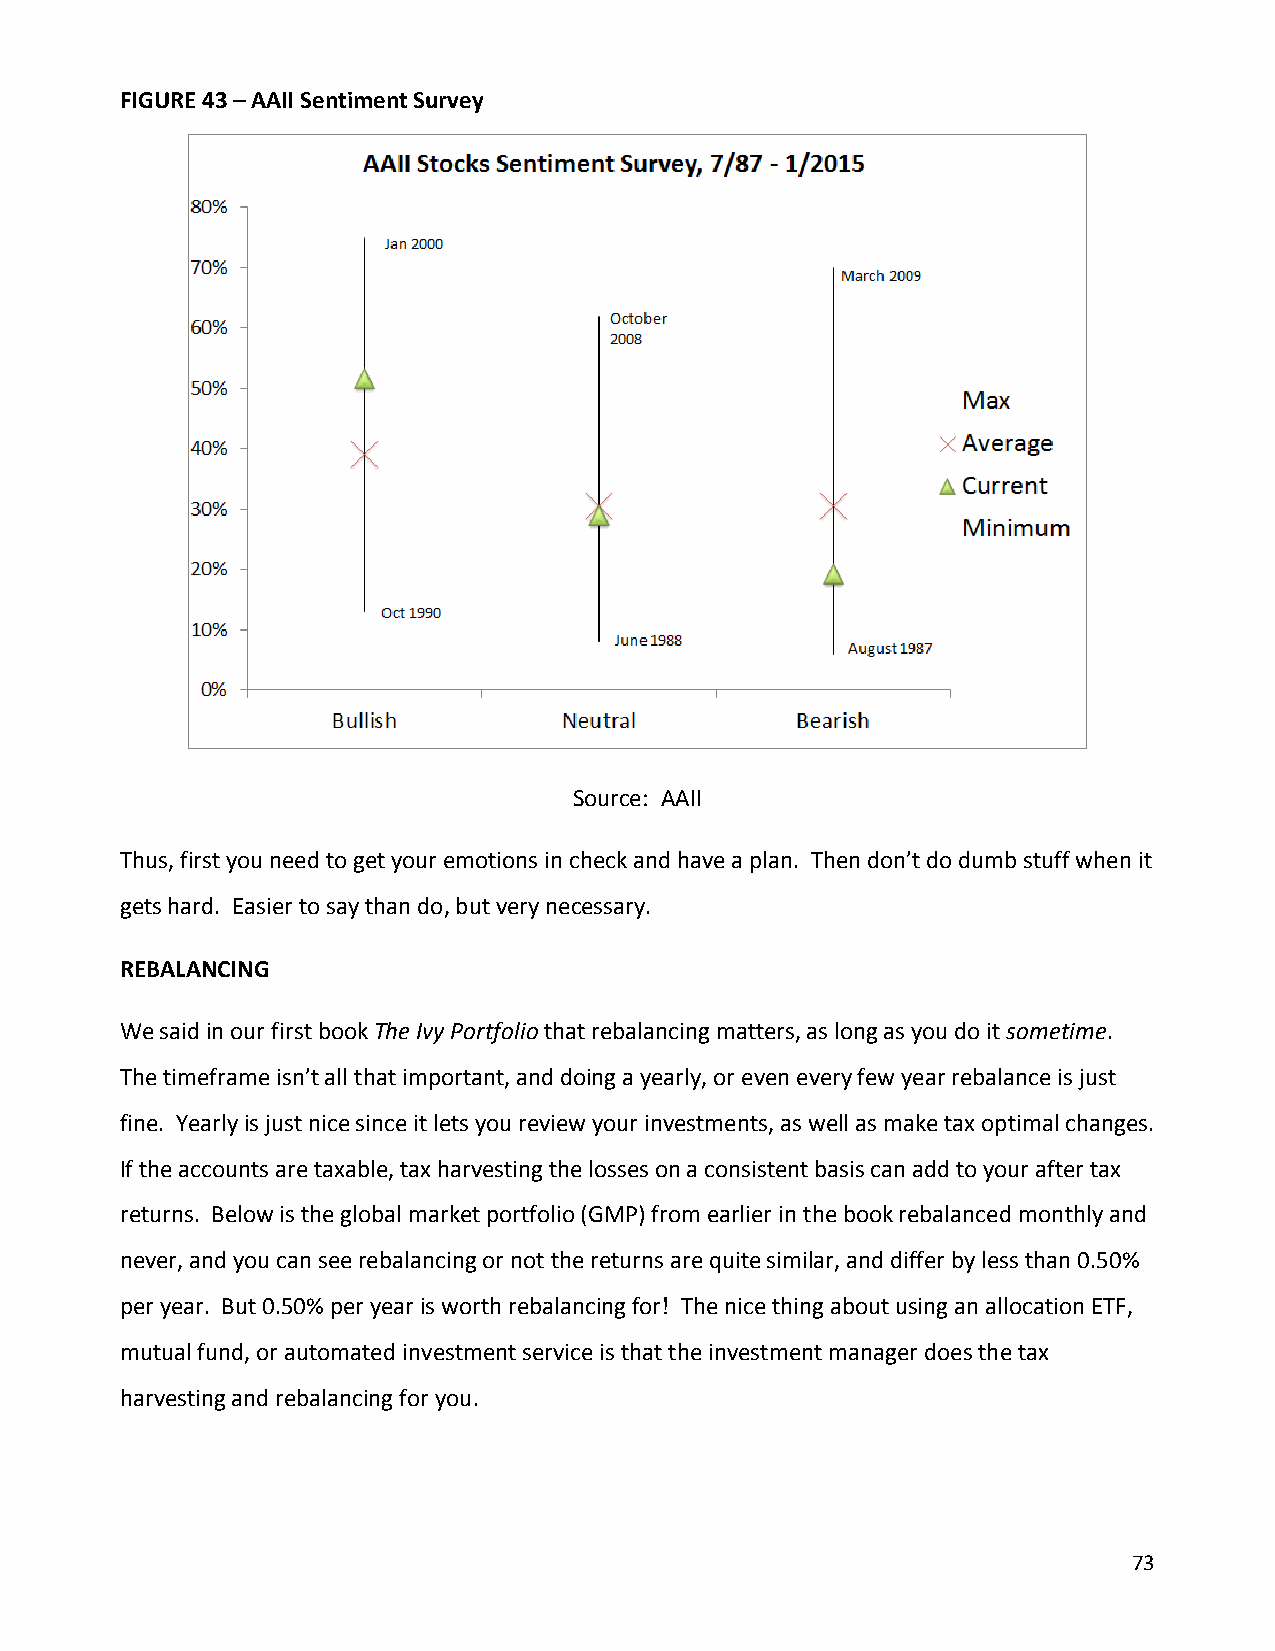
FIGURE 43 – AAII Sentiment Survey
 Source: AAII
 Thus, first you need to get your emotions in check and have a plan. Then don’t do dumb stuff when it
 gets hard. Easier to say than do, but very necessary.
 REBALANCING
 We said in our first book The Ivy Portfolio that rebalancing matters, as long as you do it sometime.
 The timeframe isn’t all that important, and doing a yearly, or even every few year rebalance is just
 fine. Yearly is just nice since it lets you review your investments, as well as make tax optimal changes.
 If the accounts are taxable, tax harvesting the losses on a consistent basis can add to your after tax
 returns. Below is the global market portfolio (GMP) from earlier in the book rebalanced monthly and
 never, and you can see rebalancing or not the returns are quite similar, and differ by less than 0.50%
 per year. But 0.50% per year is worth rebalancing for! The nice thing about using an allocation ETF,
 mutual fund, or automated investment service is that the investment manager does the tax
 harvesting and rebalancing for you.
 73